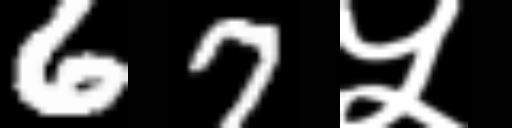
Text: 67५